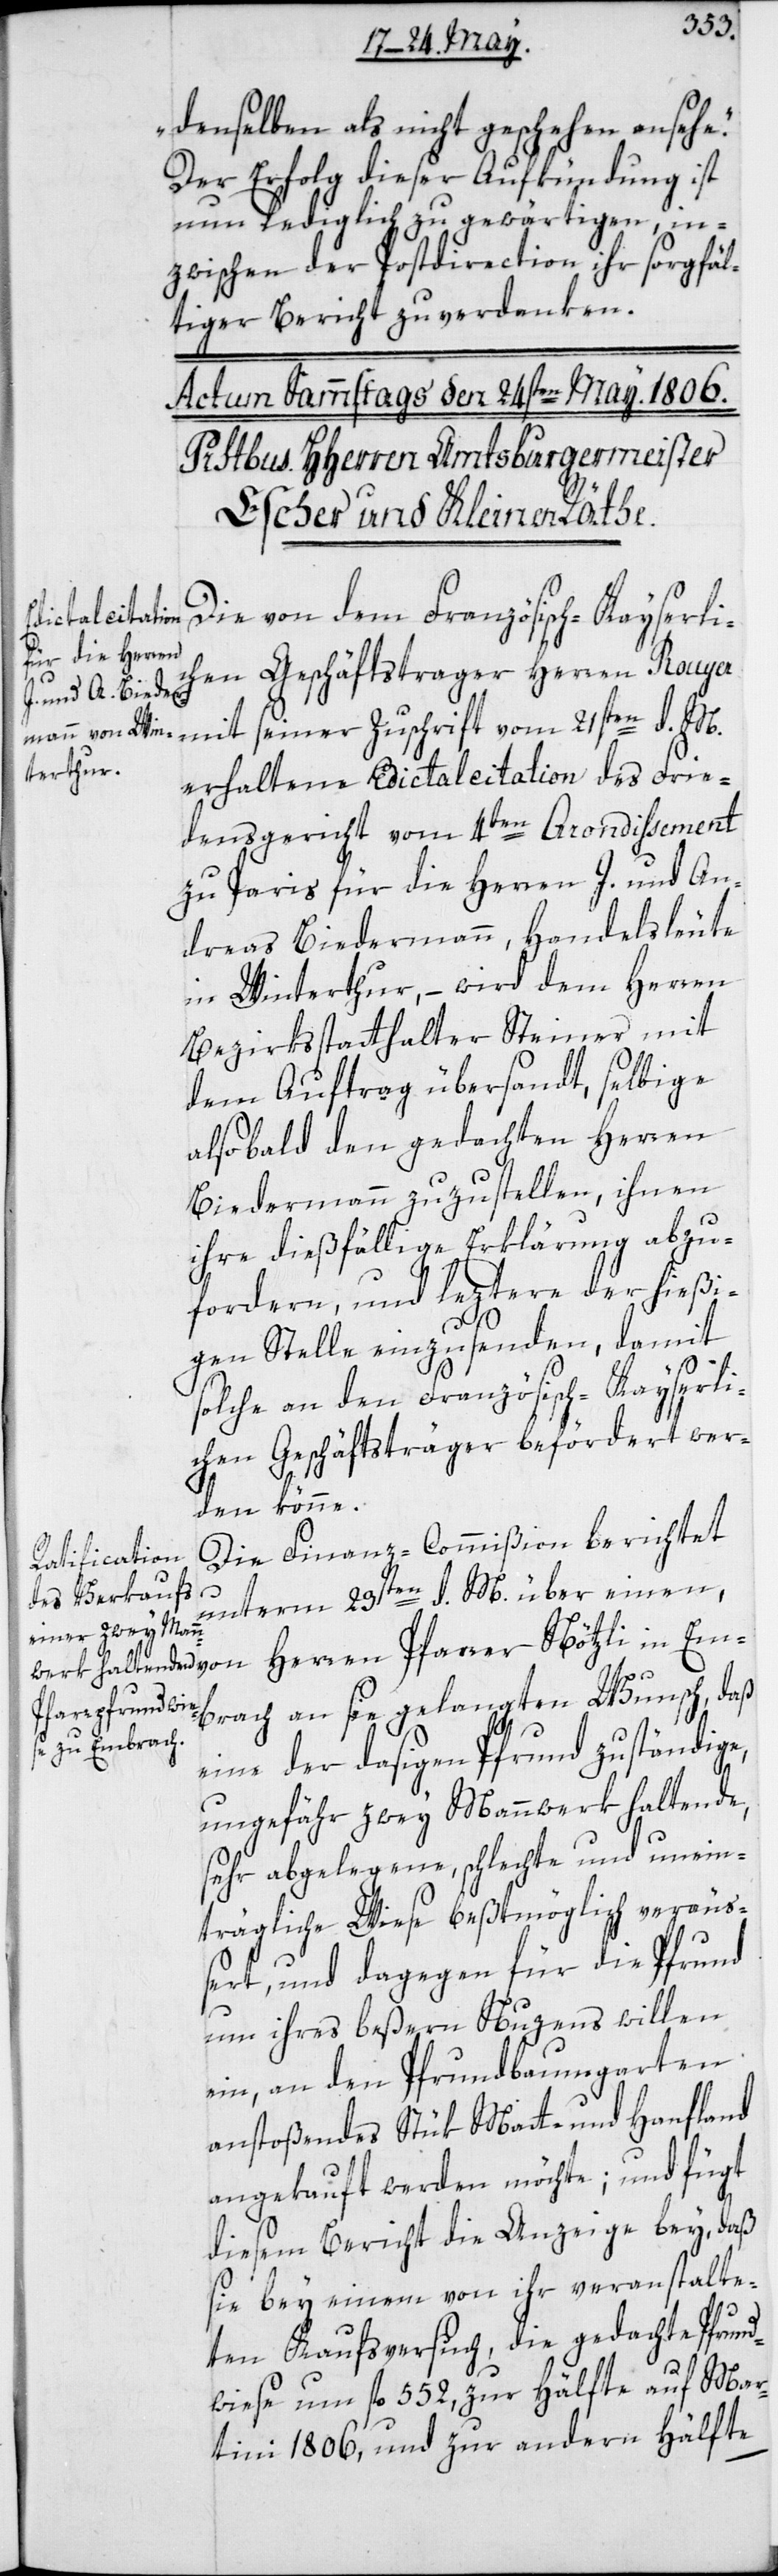
denselben als nicht geschehen ansehe“.
Der Erfolg dieser Aufkündung ist
nun lediglich zu gewärtigen, in¬
zwischen der Postdirection ihr sorgfäl¬
tiger Bericht zu verdanken.
Die von dem Französisch-Kayserli¬
chen Geschäftstrager Herren Rouye¬
r mit seiner Zuschrift vom 21sten d. M.
erhaltene Edictalcitation des Frie¬
densgericht vom 4ten Arondissement
zu Paris für die Herren J. und An¬
dreas Biedermann, Handelsleute
in Winterthur, – wird dem Herren
Bezirksstatthalter Steiner mit
dem Auftrag übersandt, selbige
alsobald den gedachten Herren
Biedermann zuzustellen, ihnen
ihre dießfällige Erklärung abzu¬
fordern, und leztere der hießi¬
gen Stelle einzusenden, damit
solche an den Französisch-Kayserli¬
chen Geschäftsträger befördert wer¬
den könne.
Die Finanz-Commißion berichtet
Em¬
unterm 23sten d. M. über einen,
brach an sie gelangten Wunsch, daß
eine der dasigen Pfrund zuständige,
ungefähr zwey Mannwerk haltende,
sehr abgelegene schlechte und unein¬
trägliche Wiese beßtmöglich veräu¬
ßert, und dagegen für die Pfrund
um ihres beßern Nuzens willen
ein, an den Pfrundbaumgarten
anstoßendes Stük Matte und Hanfland
angekauft werden möchte; und fügt
diesem Bericht die Anzeige bey, daß
sie bey einem von ihr veranstalte¬
ten Kaufsversuch, die gedachte Pfrun¬
dwiese um fl. 552, zur Hälfte auf Mar¬
tini 1806, und zur andern Hälfte